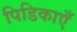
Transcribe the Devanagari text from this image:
पिडिकाएँ